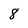
Character: 8